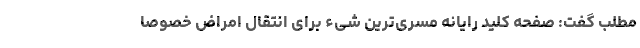
مطلب گفت: صفحه کلید رایانه مسری‌ترین شی‌ء برای انتقال امراض خصوصاً